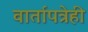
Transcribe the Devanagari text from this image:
वार्तापत्रेही